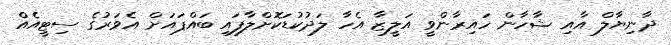
ދާނިޔާލް އާއި ޝާހާން ހައިރާންވީ އަލީޒާ އެހާ ލަދުކުޑަކޮށްލާފައި ބައްޕައަށް އެވަރުގެ ސިޓީއެއް